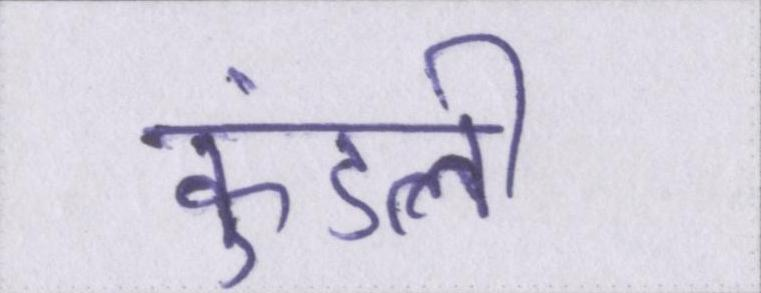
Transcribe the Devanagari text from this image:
कुंडली